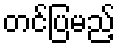
တင်ပြမည့်